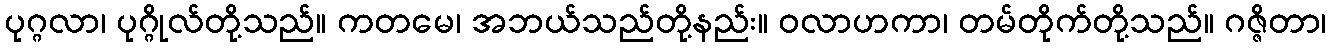
ပုဂ္ဂလာ၊ ပုဂ္ဂိုလ်တို့သည်။ ကတမေ၊ အဘယ်သည်တို့နည်း။ ဝလာဟကာ၊ တမ်တိုက်တို့သည်။ ဂဇ္ဇိတာ၊